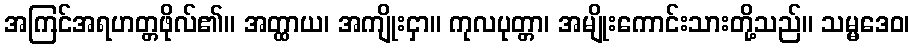
အကြင်အရဟတ္တဖိုလ်၏။ အတ္ထာယ၊ အကျိုးငှာ။ ကုလပုတ္တာ၊ အမျိုးကောင်းသားတို့သည်။ သမ္မဒေဝ၊